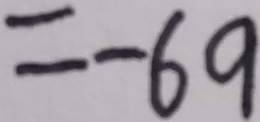
= - 6 9